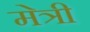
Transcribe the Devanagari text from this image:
मेत्री